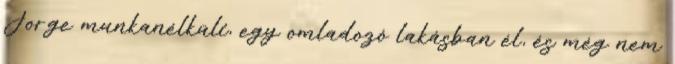
Jorge munkanélküli, egy omladozó lakásban él, és még nem